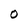
Character: O